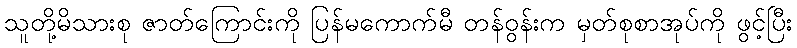
သူတို့မိသားစု ဇာတ်ကြောင်းကို ပြန်မကောက်မီ တန်ဝွန်းက မှတ်စုစာအုပ်ကို ဖွင့်ပြီး